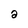
Character: a